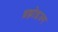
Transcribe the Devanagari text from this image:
ब्रह्मोइज्म